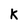
Character: k